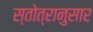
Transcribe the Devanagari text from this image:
स्तोत्रानुसार